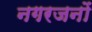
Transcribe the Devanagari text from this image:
नगरजनों